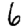
Digit: 6